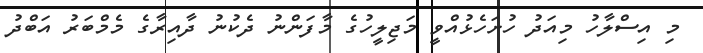
މި އިސްލާހު މިއަދު ހުށަހެޅުއްވީ މަޖިލީހުގެ މާފަންނު ދެކުނު ދާއިރާގެ މެމްބަރު އަބްދު